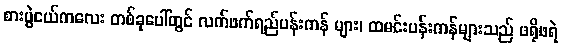
စားပွဲငယ်ကလေး တစ်ခုပေါ်တွင် လက်ဖက်ရည်ပန်းကန် များ၊ ထမင်းပန်းကန်များသည် ဖရိုဖရဲ